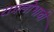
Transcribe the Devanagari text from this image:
रागलोभाची